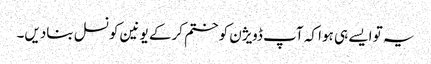
یہ تو ایسے ہی ہوا کہ آپ ڈویژن کو ختم کرکے یونین کونسل بنادیں۔